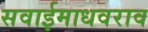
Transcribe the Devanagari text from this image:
सवाईमाधवराव